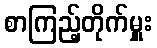
စာကြည့်တိုက်မှူး